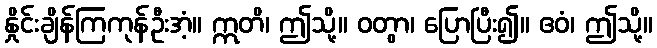
နှိုင်းချိန်ကြကုန်ဦးအံ့။ ဣတိ၊ ဤသို့။ ဝတွာ၊ ပြောပြီး၍။ ဧဝံ၊ ဤသို့။